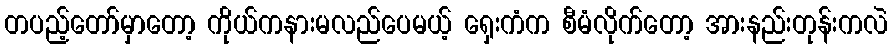
တပည့်တော်မှာတော့ ကိုယ်ကနားမလည်ပေမယ့် ရှေးကံက စီမံလိုက်တော့ အားနည်းတုန်းကလဲ